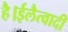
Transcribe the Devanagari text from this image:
है।ईलैत्वादी